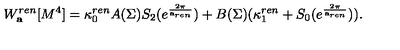
W _ { \bf a } ^ { r e n } [ M ^ { 4 } ] = \kappa _ { 0 } ^ { r e n } A ( \Sigma ) S _ { 2 } ( e ^ { \frac { 2 \pi } { { \bf a } _ { r e n } } } ) + B ( \Sigma ) ( \kappa _ { 1 } ^ { r e n } + S _ { 0 } ( e ^ { \frac { 2 \pi } { { \bf a } _ { r e n } } } ) ) .